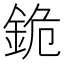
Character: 䤥